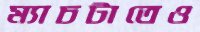
ম্যাচটাতেও